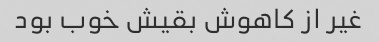
غیر از کاهوش بقیش خوب بود